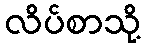
လိပ်စာသို့